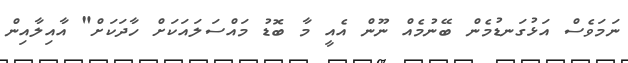
ނަމަވެސް އަޅުގަނޑުމެން ބޭނުމެއް ނޫން އެއީ މާ ބޮޑު މައްސަލައަކަށް ހާދަކަށް" އާއިލާއިން